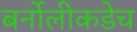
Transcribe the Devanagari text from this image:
बर्नोलीकडेच